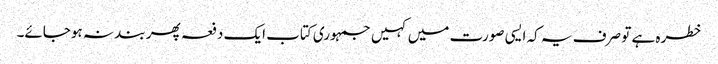
خطرہ ہے تو صرف یہ کہ ایسی صورت میں کہیں جمہوری کتاب ایک دفعہ پھر بند نہ ہوجائے۔